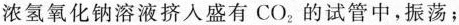
浓氢氧化钠浓氢氧化钠溶液挤入盛有CO_{2}的试管中，振荡；